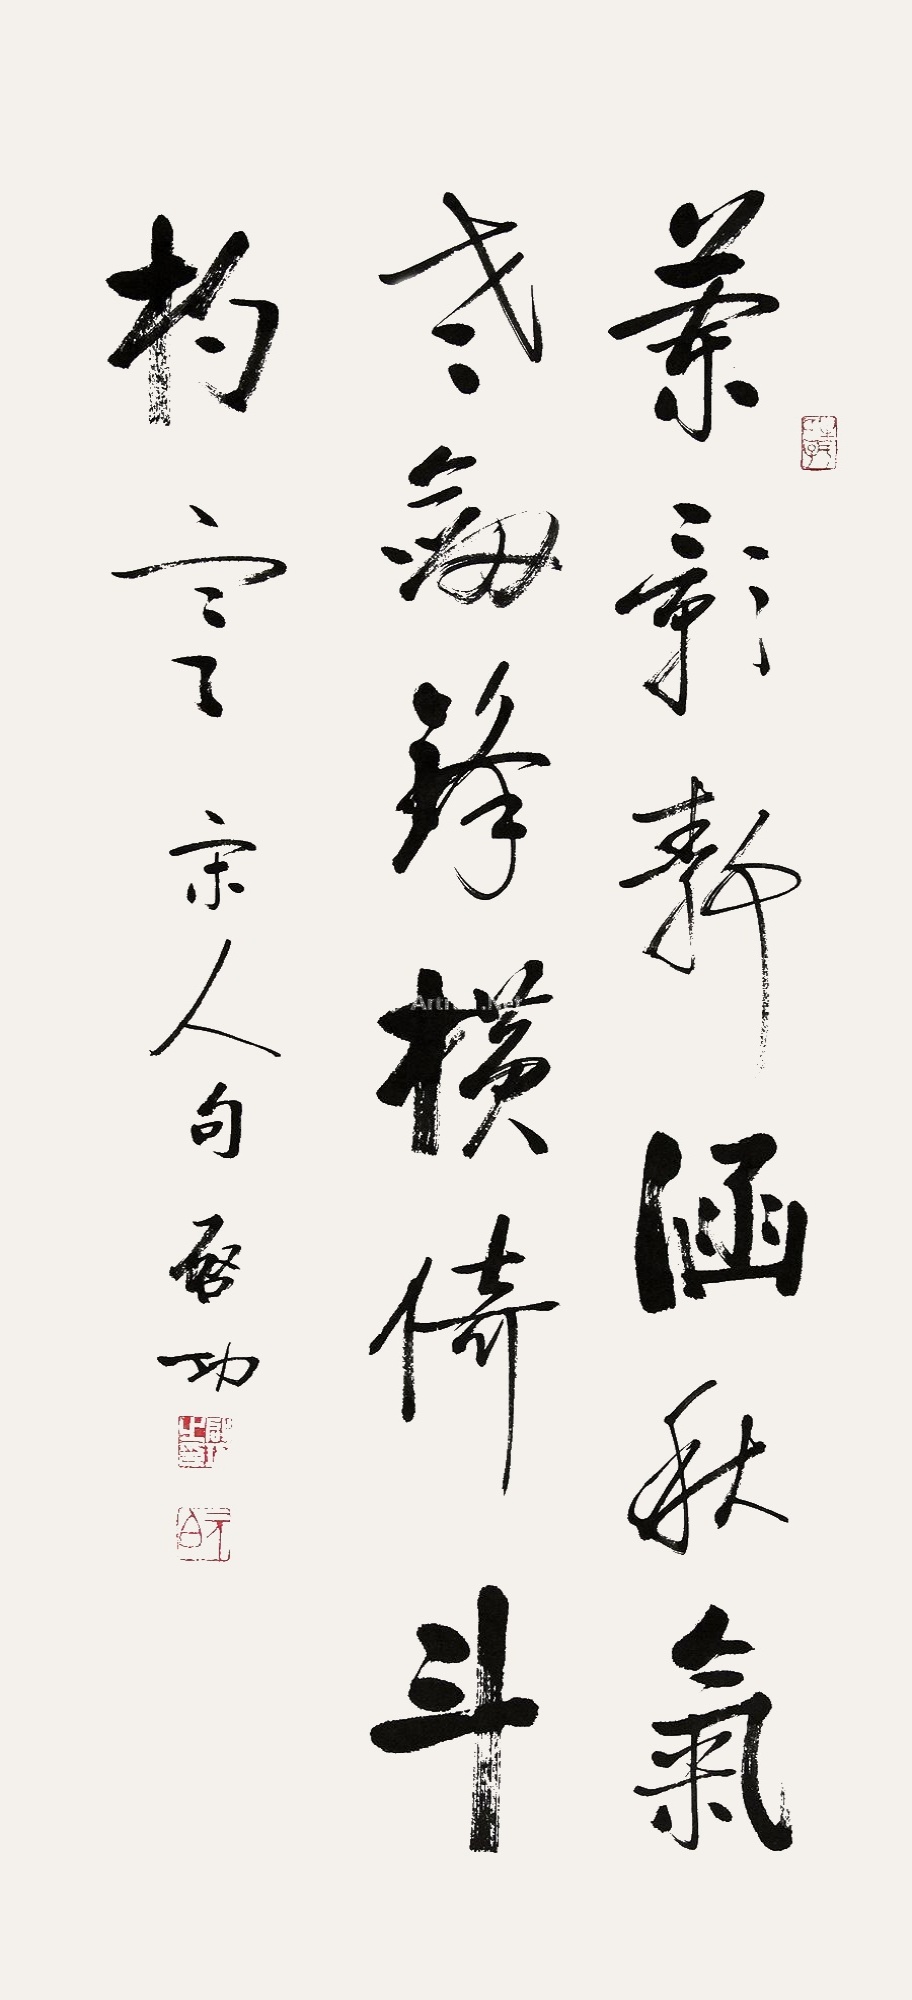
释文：兰影静涵秋气老，剑锋横倚斗杓寒。宋人句，启功。